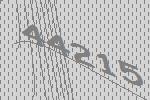
44215